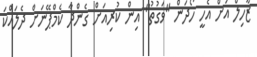
ޒާހިލް އަށް އެހީ ހޯދަން "ވަގުތު" އިން ކުރިއަށް ގެންދާ ކެމްޕޭނަށް ދެލައްކަ